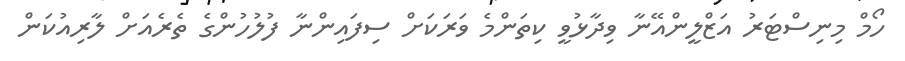
ހޯމް މިނިސްޓަރު އަޒްލީންއޭނާ ވިދާޅުވީ ކިތަންމެ ވަރަކަށް ސިފައިންނާ ފުލުހުންގެ ތެރެއަށް ލާރިއުކަން